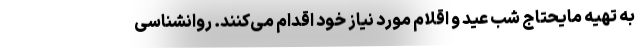
به تهیه مایحتاج شب عید و اقلام مورد نیاز خود اقدام می‌کنند. روانشناسی